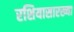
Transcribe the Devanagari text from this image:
रशियासारख्या